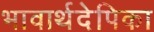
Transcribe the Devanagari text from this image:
भावार्थदेपिका